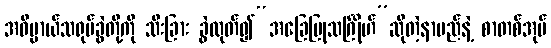
အဓိပ္ပာယ်သရုပ်ခွဲတို့ကို သီးခြား ခွဲထုတ်၍“အခြေပြုသင်္ဂြိုဟ်”ဆိုတဲ့နာမည်နဲ့ စာတစ်အုပ်